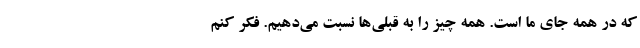
که در همه جای ما است. همه چیز را به قبلی‌ها نسبت می‌دهیم. فکر کنم